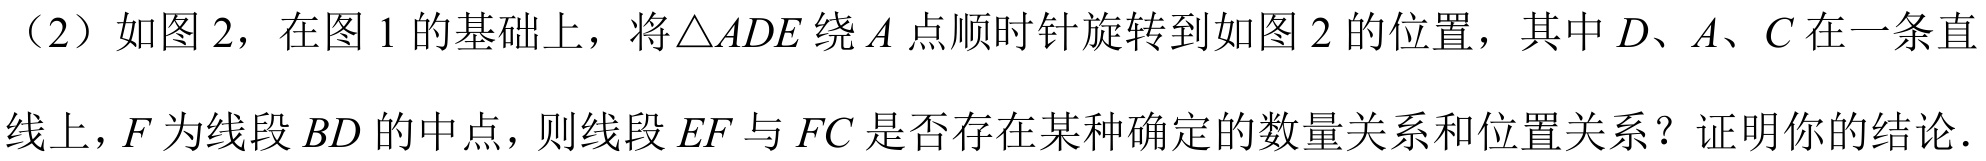
（2）如图2，在图1的基础上，将\(\triangle ADE\)绕\(A\)点顺时针旋转到如图2的位置，其中\(D\)、\(A\)、\(C\)在一条直线上，\(F\)为线段\(BD\)的中点，则线段\(EF\)与\(FC\)是否存在某种确定的数量关系和位置关系？证明你的结论．